Scottish Leaving Certificate Examination, 1956
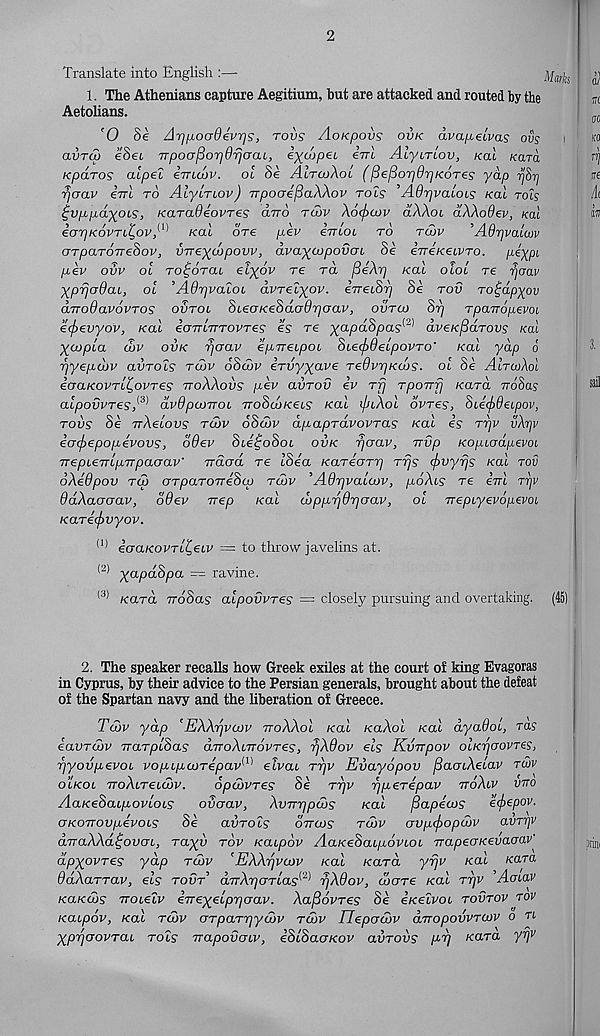
2
Translate into English :—-
1. The Athenians capture Aegitium, but are attacked and routed by the
Aetolians.
'0 Se Arj^oadevr]?, rovs AoKpovs ovk avapecvas oils
avru) eSei TTpooporjOrjcrcu, e^Mpei irrl AiycrLov, koL Kara
Kpdros alpel ivi-wv. ot Se AltcuXol (^e^oiqd'pKOTes yap yjSri
rjcrav erri to Alyircov) irpocreflaWov tols ’AOrjvaloLS Kal roty
^vpLp.dxois, KaraOeovres cltto tcov Xocfiaiv aAAot dXXodev, koI
eorjKovTL^ovA' 1 Kal ore pev ernot to tcvv
' Adrjvaiwv
GTpaTOTrehov, v-rre^wpovv, dva^ajpovuL Se erreKeiVTO. pexP L
pev ovv ol Tot;6Tai elyov re ra fieXrj Kal oloi re rjaav
XpTjcrdai, ol ’AOrjvaloL avret^ov. eTretS^ Se tov To^dpyov
(XTroOavovTOS ovtol SieoKeSdodr/oav, ovtco 8r] TparropevoL
etpevyov, kcll ecnraTTOvres es re yapaopas K aveKparovs kcil
XOJpla dbv ovk rjoav epTrecpoi 8iecj)6eLpovTO' Kal yap 6
r/yepdiv avTols tcov 68tdv eruy^ave TedvrjKtos. ol Se AltcoXoI
eoaKOVTL^ovres ttoXXovs pev avTov iv Trj TpoTrfj koto. ttoSus
alpovvTes,^ dvOpcoiroL TroSooKeLS Kal ipcXol ovtss, 8i,e(f)9eLpov,
tovs Se TrXelovs tcqv 68ujv dpapTavovTas Kal is tt]v vXrjv
iocf>epop€vovs, d6ev Ste^oSot ovk rjorav, irvp KopLodpevoi
TrepLeTTLpTrpacrav' irdod re I8ia KaTeoTrj Trjs fivyfjs kul tov
oXedpov to) OTpaTOTriScp tcov , A6r]valtov, poXcs re e’m Tr/v
ddXacrcrav, ddev Trep Kal (Lpprjdrjcrav, ol TrepcyevopevoL
Karicjovyov.
(1) ioaKOVTll,eLV = to throw javelins at.
<2) yayoaS/oa — ravine.
(3) Kara rroSas alpodvres — closely pursuing and overtaking. (45)
2. The speaker recalls how Greek exiles at the court of king Evagoras
in Cyprus, by their advice to the Persian generals, brought about the defeat
of the Spartan navy and the liberation of Greece.
Tcov yap ’EXXrjvcov ttoXXol Kal KaXol Kal dyadoi, ras
iavTcov TraTplSas diroXlttovt€sj rjXdov els Kvirpov olKrjaovres,
rjyovpevoL vopipcoTepav^ elvai Trjv Evayopov fiacriXelav rdiv
olkol TToXcreLcov.
opdovTes Se Trjv rjpeTepav ttoXlv vtto
AaKe8aLpovloLS
ovaav, XvTnppajs
Kal
fiapecos ecf>epov.
okottov pivots Se aiiTOts
ottoos tlov ovpcf)opcov avrrjv
aTraXXd^ovot, rayh tov Katpdv AaKeSatpovtot irapeaKevaaav^
dpxovTes yap tcuv 'EXXrjvcov Kal Kara yrjv /cat Kara
OdXaTTav, els tout’ dTrXrjOTtas^ rjX9ov, cocrre /cat ttjv ’Aotav
KaKcos TTotetv eTrexetprjcrav. Xafiovres Se e/cetvot tovtov tov
Katpov, Kal tcov oTpaTrjy<2>v tcov Tlepotov aTropovvTOJV o n
XprjaovTCLL tols vapovcnv, eStSaoKov aiiTOvs prj Kara ypv